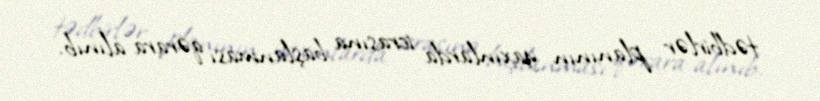
tədbirlər planının yaxınlarda icrasına başlanması qərara alınıb.